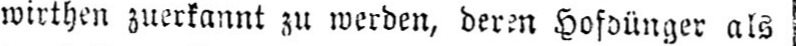
als